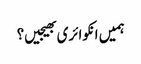
ہمیں انکوائری بھیجیں؟